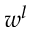
w ^ { l }